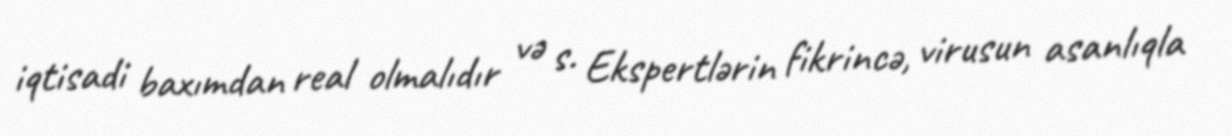
iqtisadi baxımdan real olmalıdır və s. Ekspertlərin fikrincə, virusun asanlıqla